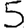
Digit: 5